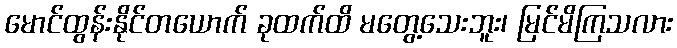
မောင်ထွန်းနိုင်တယောက် ခုထက်ထိ မတွေ့သေးဘူး၊ မြင်မိကြသလား